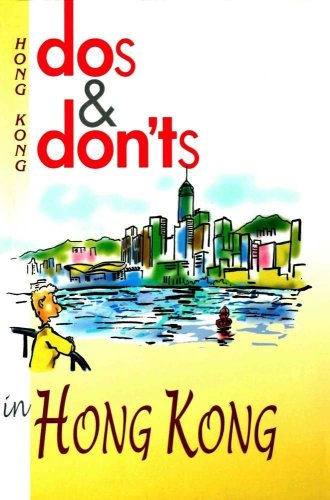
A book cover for Dos & Don'ts in Hong Kong; Mary Leong & Colin Storey; Travel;